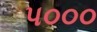
પ૦૦૦